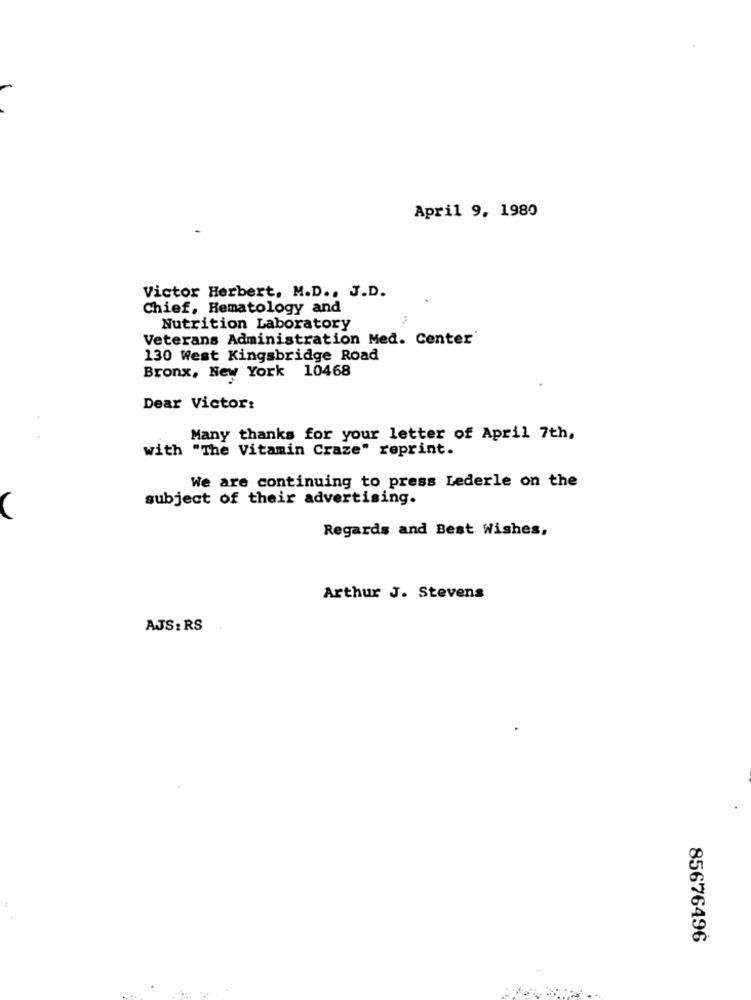
April 9, 1980
Victor Herbert. M.D ., J.D.
Chief, Hematology and
Nutrition Laboratory
Veterans Administration Med. Center
130 West Kingsbridge Road
Bronx, New York 10468
Dear Victor:
Many thanks for your letter of April 7th,
with "The Vitamin Craze" reprint.
We are continuing to press Lederle on the
subject of their advertising.
Regards and Best Wishes,
Arthur J. Stevens
AJS: RS
85676496